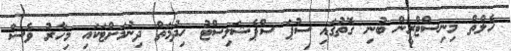
ހެލްތް މިނިސްޓްރީން ބުނި ގޮތުގައި ސުޕަ ސްޕެޝަލިސްޓު ހިދުމަތް ދިނުމަށްޓަކައި މިހާރު ވެސް